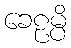
ခေဠမ္ပိ